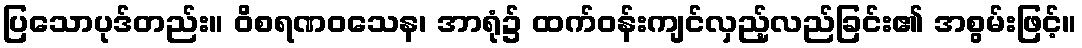
ပြသောပုဒ်တည်း။ ဝိစရဏဝသေန၊ အာရုံ၌ ထက်ဝန်းကျင်လှည့်လည်ခြင်း၏ အစွမ်းဖြင့်။